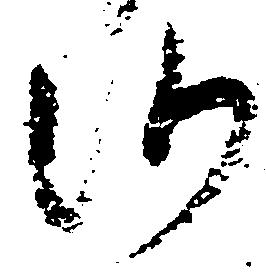
候